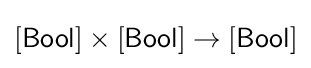
[{\mathsf {Bool}}]\times [{\mathsf {Bool}}]\to [{\mathsf {Bool}}]